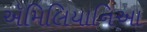
ઍમિલિયાનિઆ